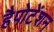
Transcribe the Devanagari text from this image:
हैपोटेंशन